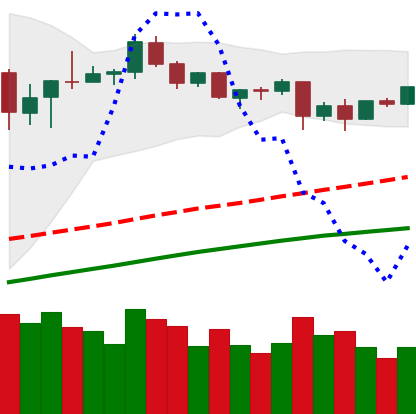
Ticker: BTC-USD
Chart end date: 2020-08-30
Forward return: -10.244%
Label: down_7plus